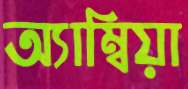
অ্যাম্বিয়া